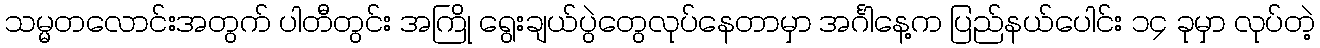
သမ္မတလောင်းအတွက် ပါတီတွင်း အကြို ရွေးချယ်ပွဲတွေလုပ်နေတာမှာ အင်္ဂါနေ့က ပြည်နယ်ပေါင်း ၁၄ ခုမှာ လုပ်တဲ့